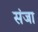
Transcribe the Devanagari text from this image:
संजा